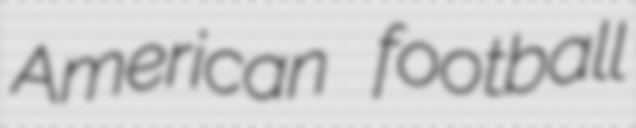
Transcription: American football